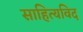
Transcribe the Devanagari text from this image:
साहित्यविद